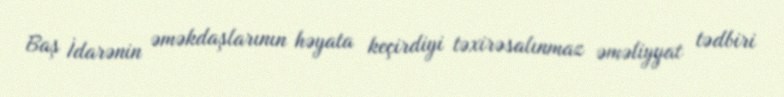
Baş İdarənin əməkdaşlarının həyata keçirdiyi təxirəsalınmaz əməliyyat tədbiri